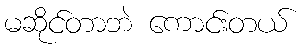
မဆိုင်တာဘဲ ကောင်းတယ်